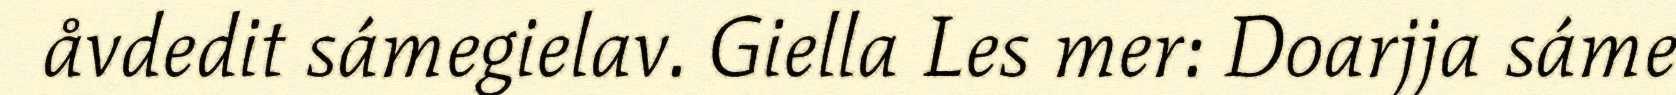
åvdedit sámegielav. Giella Les mer: Doarjja sáme